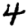
Digit: 4